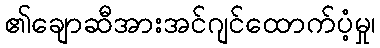
၏ချောဆီအားအင်ဂျင်ထောက်ပံ့မှု၊